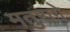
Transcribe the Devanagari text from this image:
मतुरागे